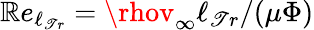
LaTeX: \mathbb{R}e_{\ell_{\mathscr{T}r}}=\rhov_{\infty}\ell_{\mathscr{T}r}/(\mu\Phi)